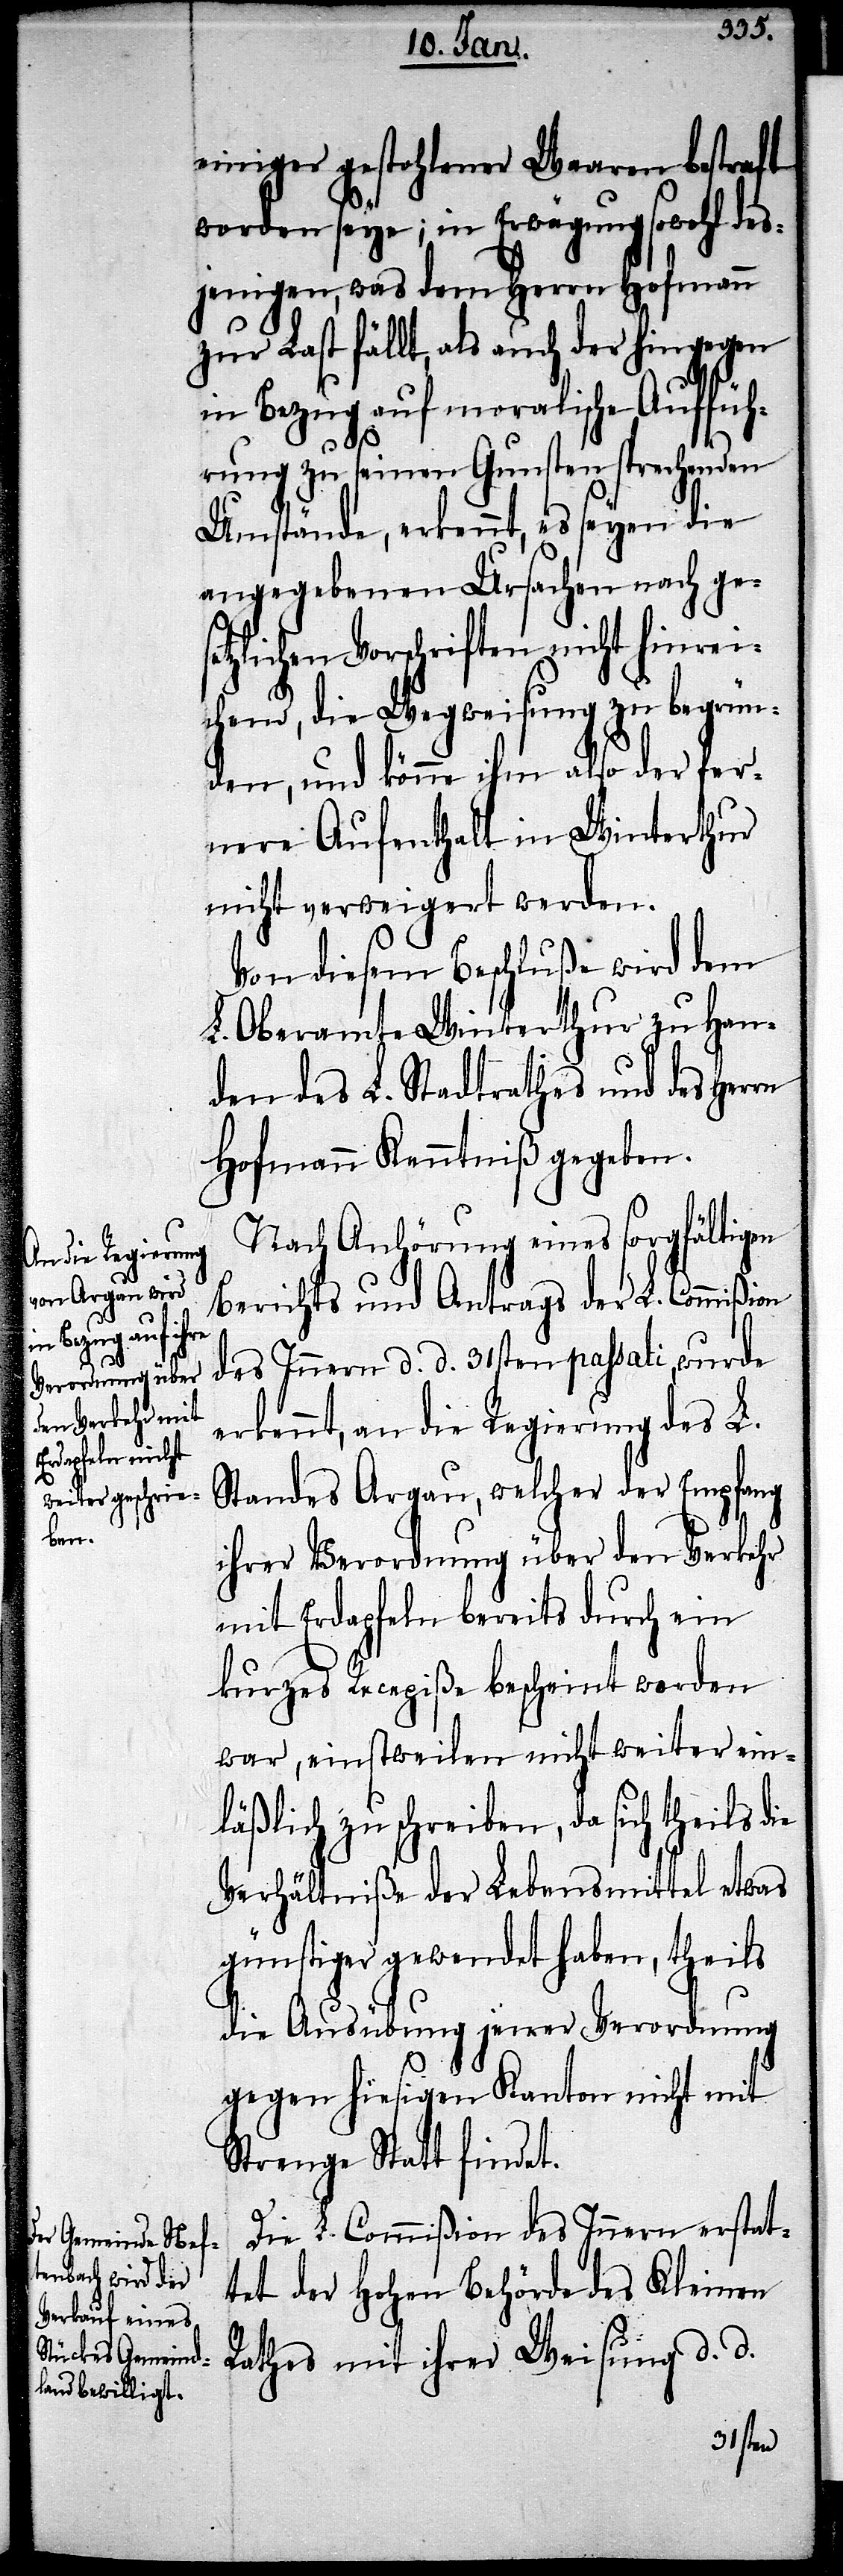
ie

einiger gestohlenen Waaren bestraft
worden seye; in Erwägung sowohl des¬
jenigen, was dem Herrn Hofmann
zur Last fällt, als auch der hingegen
in Bezug auf moralische Auffüh¬
rung zu seinen Gunsten sprechenden
Umstände, erkennt, es seyen die
angegebenen Ursachen nach ges¬
etzlichen Vorschriften nicht hinrei¬
chend, die Wegweisung zu begrün¬
den, und könne ihm also der fer¬
nere Aufenthalt in Winterthur
nicht verweigert werden.
Von diesem Beschluße wird dem
L. Oberamte Winterthur zu Han¬
den des L. Stadtrathes und des Her¬
Hofmann Kenntniß gegeben.
Nach Anhörung eines sorgfältigen
Berichts und Antrags der L. Commißion
des Innern d. d. 31sten passati, wurde
erkennt, an die Regierung des L.
Standes Argau, welcher der Empfang
ihrer Verordnung über den Verkehr
mit Erdapfeln bereits durch ein
kurzes Recepiße bescheint worden
war, einstweilen nicht weiter ein¬
läßlich zu schreiben, da sich theils d¬
Verhältniße der Lebensmittel etwas
günstiger gewendet haben, theils
die Ausübung jener Verordnung
gegen hiesigen Kanton nicht mit
Strenge Statt findet.
Die L. Commißion des Innern erstat¬
tet der Hohen Behörde des Kleinen
Rathes mit ihrer Weisung d. d.